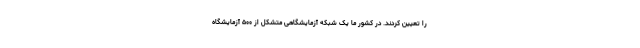
را تعیین کردند. در کشور ما یک شبکه آزمایشگاهی متشکل از ۵۰۰ آزمایشگاه